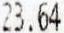
23.64